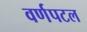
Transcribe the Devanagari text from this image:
वर्णपटल